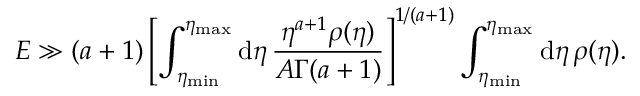
E \gg ( a + 1 ) \left[ \int _ { \eta _ { \mathrm { m i n } } } ^ { \eta _ { \mathrm { m a x } } } \mathrm { d } \eta \, \frac { \eta ^ { a + 1 } \rho ( \eta ) } { A \Gamma ( a + 1 ) } \right] ^ { 1 / ( a + 1 ) } \int _ { \eta _ { \mathrm { m i n } } } ^ { \eta _ { \mathrm { m a x } } } \mathrm { d } \eta \, \rho ( \eta ) .